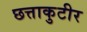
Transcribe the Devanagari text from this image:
छत्ताकुटीर